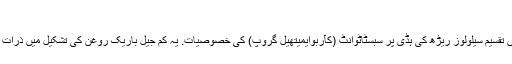
5. م سیرامک صنعت میں
1) م خزافتی کے لئے یکساں تقسیم سیلولوز ریڑھ کی ہڈی پر سبسٹاٹوانٹ (کآربوایمیتھیل گروپ) کی خصوصیات. یہ کم جیل باریک روغن کی تشکیل میں ذرات کے کاٹ لیں پیدا کرتا ہے ۔